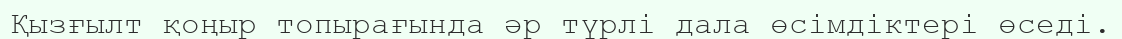
Қызғылт қоңыр топырағында әр түрлі дала өсімдіктері өседі.